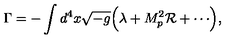
\Gamma = - \int d ^ { 4 } x \sqrt { - g } \Bigl ( \lambda + M _ { p } ^ { 2 } { \cal R } + \cdots \Bigr ) ,